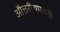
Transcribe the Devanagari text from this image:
औत्तरीयपथके